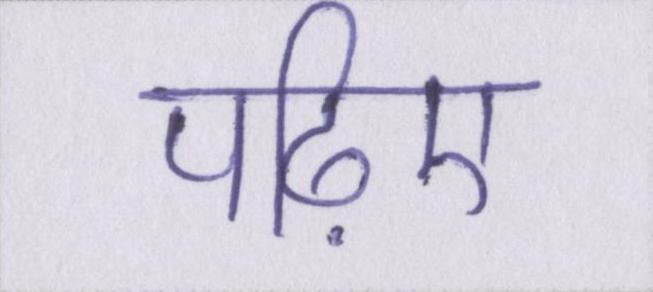
पढ़िए